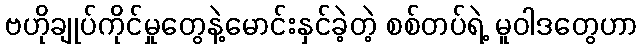
ဗဟိုချုပ်ကိုင်မှုတွေနဲ့မောင်းနှင်ခဲ့တဲ့ စစ်တပ်ရဲ့ မူဝါဒတွေဟာ